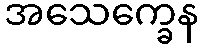
အသေက္ခေန